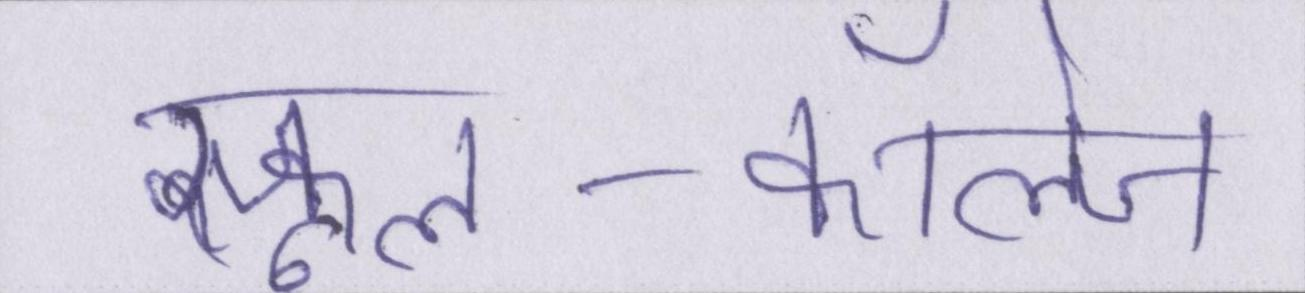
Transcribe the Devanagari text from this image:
स्कूल-कॉलेज